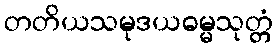
တတိယသမုဒယဓမ္မသုတ္တံ